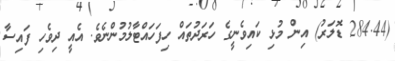
(284.44 ޑޮލަރު) އިން މުޅި ކައިވެނީގެ ހަރަދުތައް ހިފަހައްޓާލުމުންނެވެ. އެއީ ދިވެހި ފައިސާ